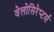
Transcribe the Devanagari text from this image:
वेलोसिरेप्टर्स